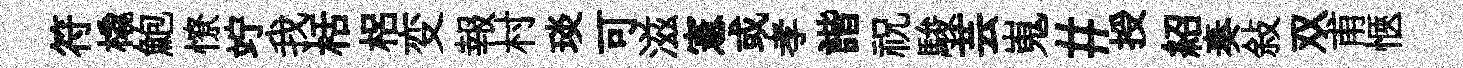
符橇鮑憭竚我栝梠变報村琰可滋憲或孝諧祝駿芸嵬#授紹奏敍双甫愜